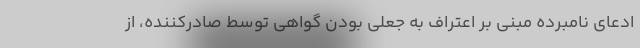
ادعای نامبرده مبنی بر اعتراف به جعلی بودن گواهی توسط صادرکننده، از